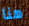
هنا